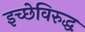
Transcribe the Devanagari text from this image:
इच्छेविरुद्ध